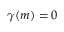
\gamma ( m ) = 0